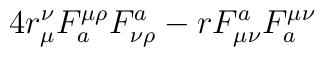
4r_\mu^\nu F_a^{\mu\rho}F^a_{\nu\rho} - rF^a_{\mu\nu}F_a^{\mu\nu}